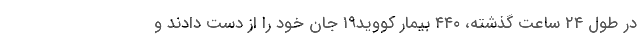
در طول ۲۴ ساعت گذشته، ۴۴۰ بیمار کووید۱۹ جان خود را از دست دادند و